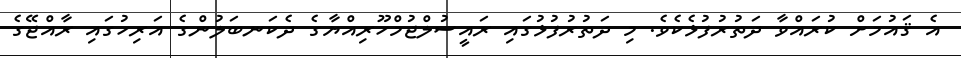
އެ ޤައުމަށް ކުރައްވާ ދަތުރުފުޅެކެވެ. މި ދަތުރުފުޅުގައި ރައީސުލްޖުމްހޫރިއްޔާގެ ދެކަނބަލުންގެ އަރިހުގައި ރާއްޖޭގެ